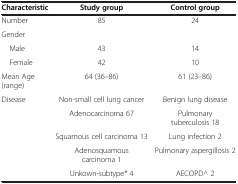
<table><thead><tr><td><b>Characteristic</b></td><td><b>Study group</b></td><td><b>Control group</b></td></tr></thead><tbody><tr><td>Number</td><td>85</td><td>24</td></tr><tr><td>Gender</td><td> </td><td> </td></tr><tr><td> Male</td><td>43</td><td>14</td></tr><tr><td> Female</td><td>42</td><td>10</td></tr><tr><td>Mean Age (range)</td><td>64 (36–86)</td><td>61 (23–86)</td></tr><tr><td>Disease</td><td>Non-small cell lung cancer</td><td>Benign lung disease</td></tr><tr><td> </td><td>Adenocarcinoma 67</td><td>Pulmonary tuberculosis 18</td></tr><tr><td> </td><td>Squamous cell carcinoma 13</td><td>Lung infection 2</td></tr><tr><td> </td><td>Adenosquamous carcinoma 1</td><td>Pulmonary aspergillosis 2</td></tr><tr><td> </td><td>Unkown-subtype* 4</td><td>AECOPD^ 2</td></tr></tbody></table>